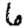
Digit: 6